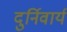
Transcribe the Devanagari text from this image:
दुर्निवार्य